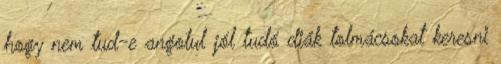
hogy nem tud-e angolul jól tudó diák tolmácsokat keresni